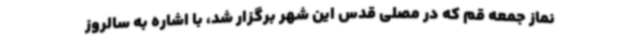
نماز جمعه قم که در مصلی قدس این شهر برگزار شد، با اشاره به سالروز